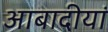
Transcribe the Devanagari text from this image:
आबादीयां